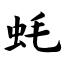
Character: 蚝